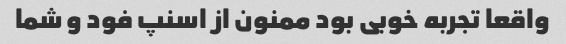
واقعا تجربه خوبی بود ممنون از اسنپ فود و شما